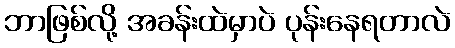
ဘာဖြစ်လို့ အခန်းထဲမှာပဲ ပုန်းနေရတာလဲ